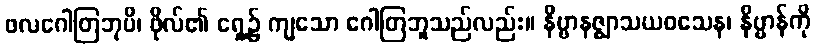
ဖလဂေါတြဘုပိ၊ ဖိုလ်၏ ရှေ့၌ ကျသော ဂေါတြဘူသည်လည်း။ နိဗ္ဗာနဇ္ဈာသယဝသေန၊ နိဗ္ဗာန်ကို